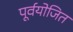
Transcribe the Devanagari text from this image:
पूर्वयोजित